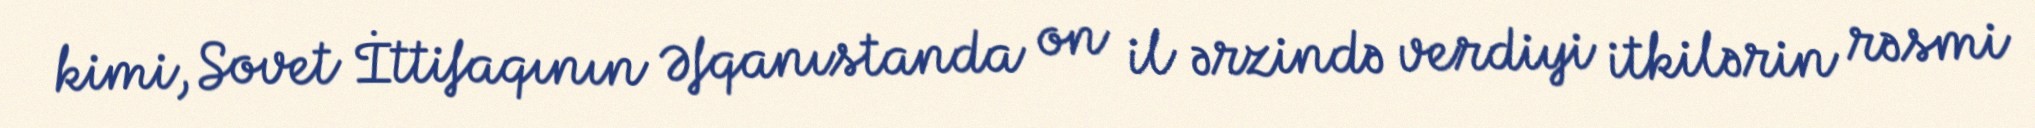
kimi, Sovet İttifaqının Əfqanıstanda on il ərzində verdiyi itkilərin rəsmi